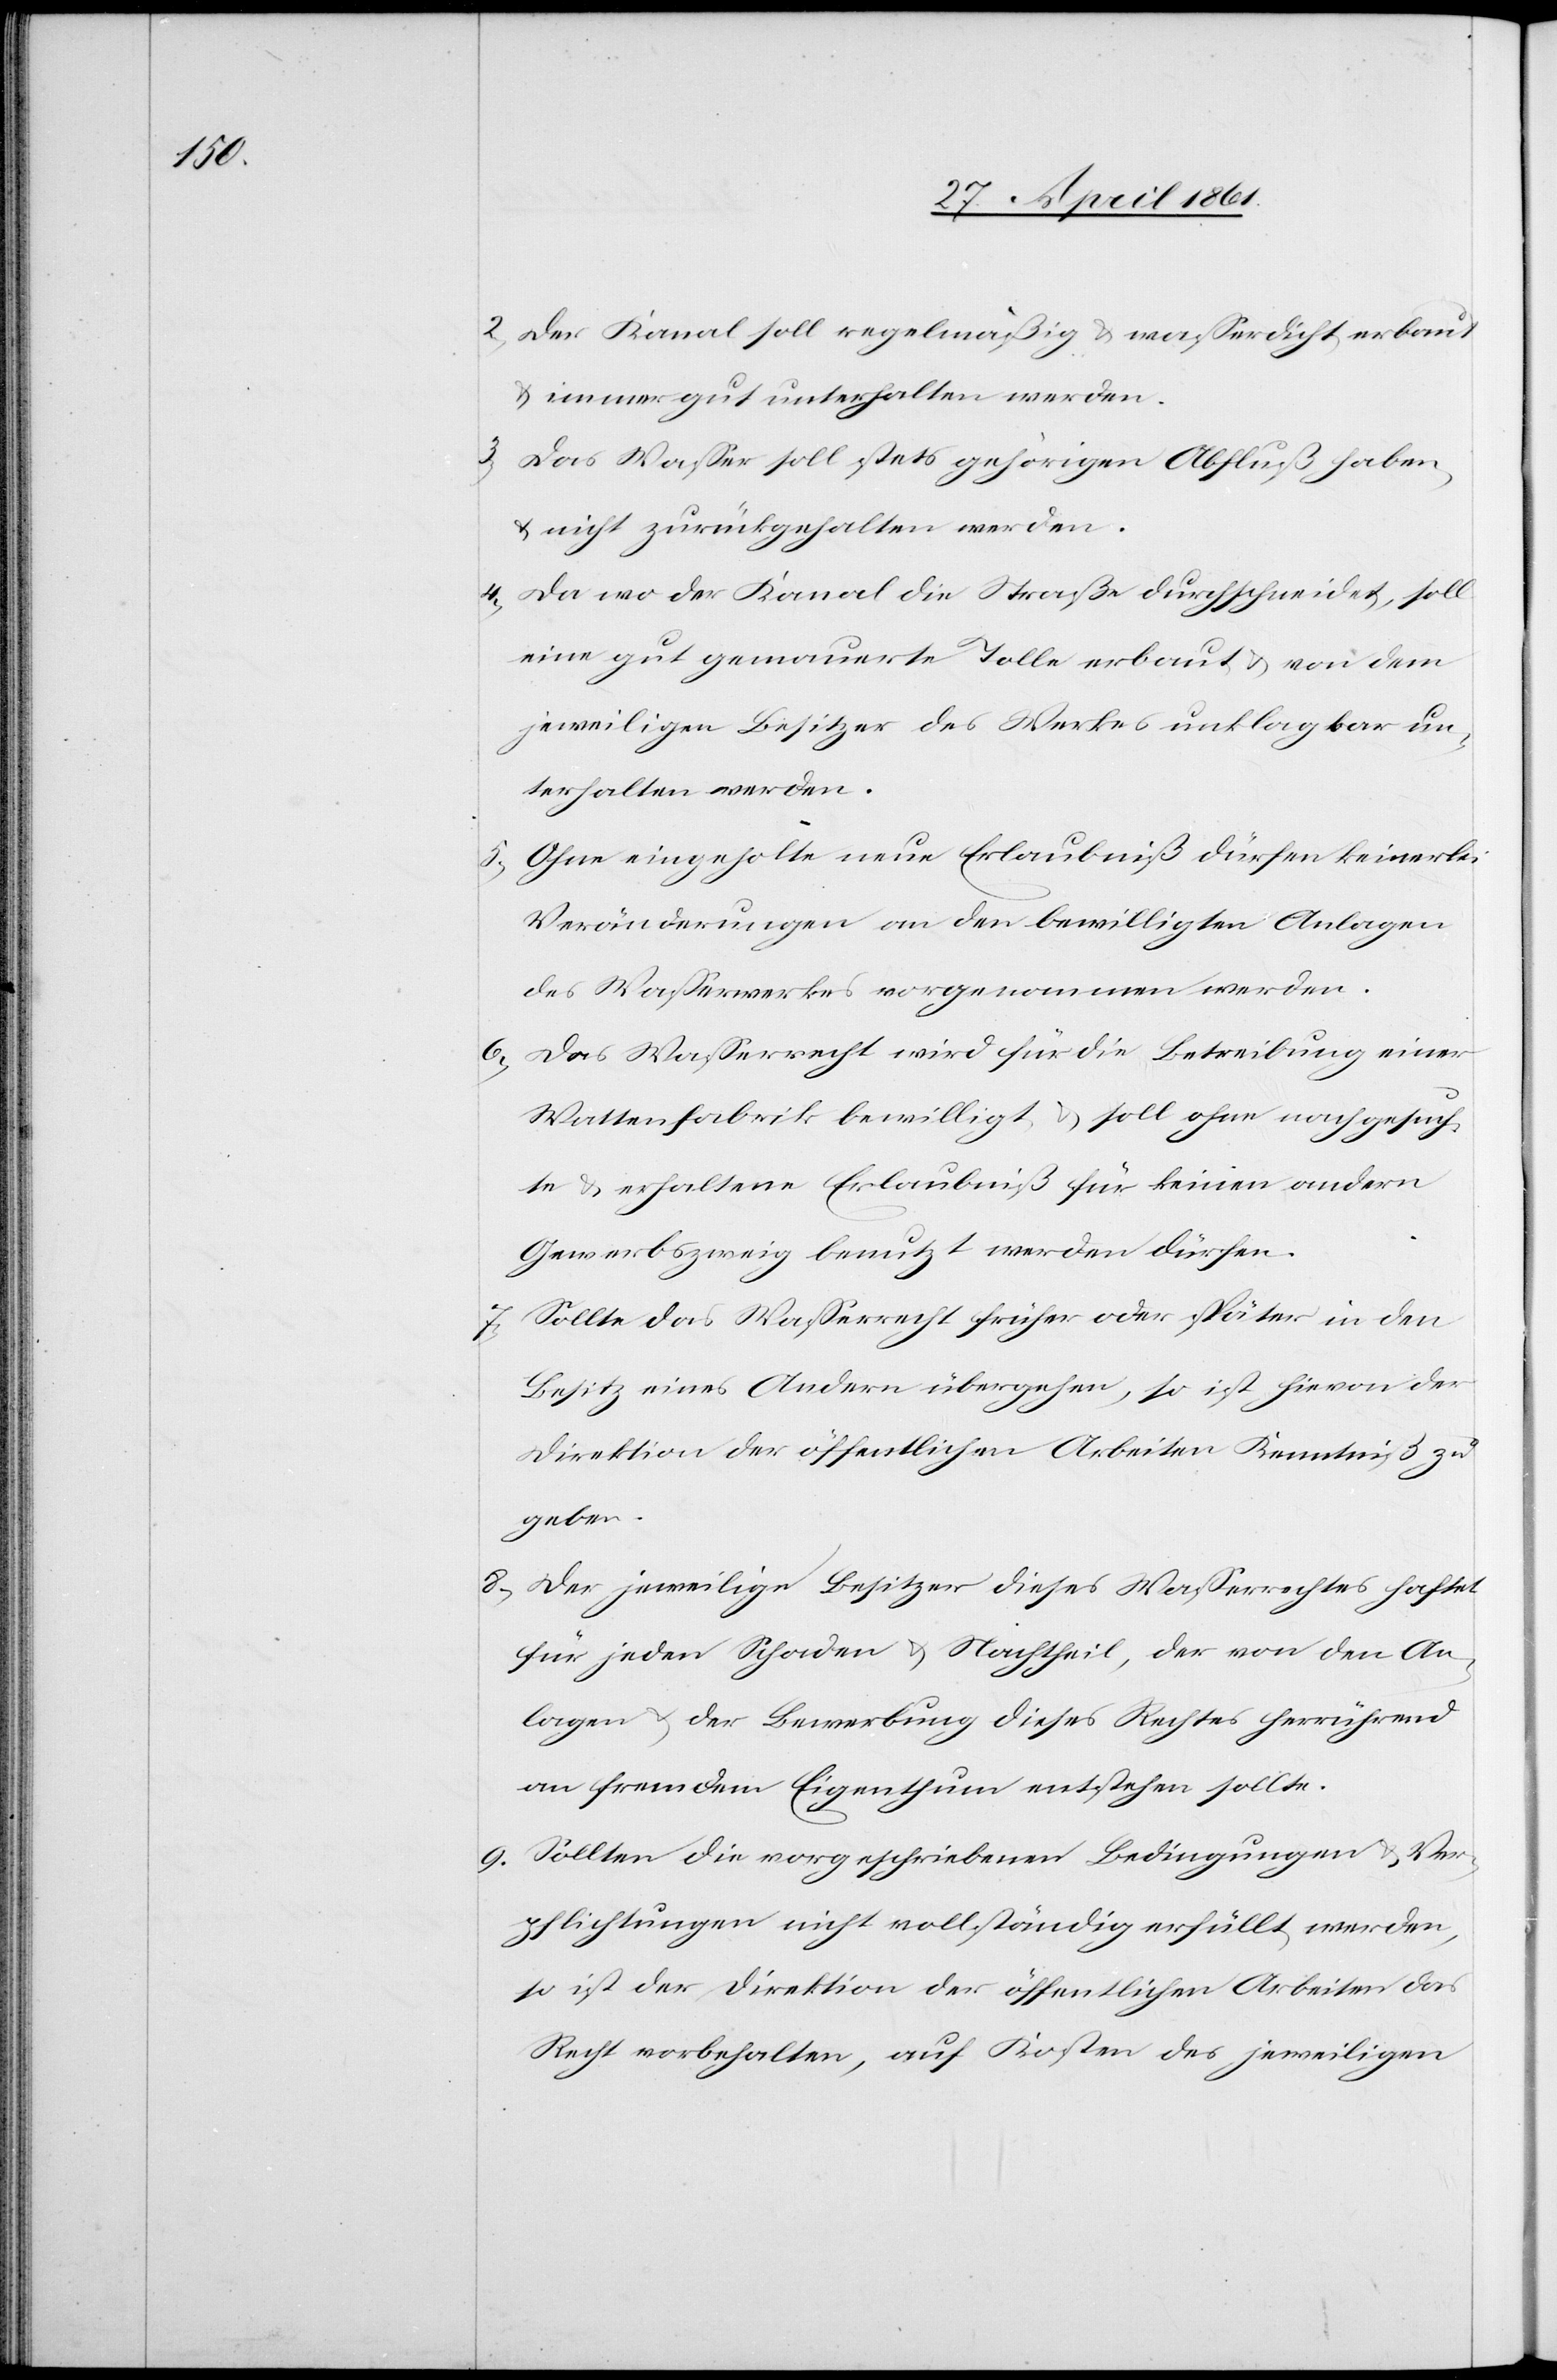
5.

2. Der Kanal soll regelmäßig u. wasserdicht erbaut
u. immer gut unterhalten werden.
3. Das Wasser soll stets gehörigen Abfluß haben,
u. nicht zurückgehalten werden.
4. Da wo der Kanal die Straße durchschneidet, soll
eine gut gemauerte Tolle erbaut u. von dem
jeweiligen Besitzer des Werkes unklagbar un¬
terhalten werden.
Ohne eingeholte neue Erlaubniß dürfen keinerlei
Veränderungen an den bewilligten Anlagen
des Wasserwerkes vorgenommen werden.
6. Das Wasserrecht wird für die Betreibung einer
Wattenfabrik bewilligt u. soll ohne nachgesuch¬
te u. erhaltene Erlaubniß für keinen andern
Gewerbszweig benutzt werden dürfen.
7. Sollte das Wasserrecht früher oder später in den
Besitz eines Andern übergehen, so ist hievon der
Direktion der öffentlichen Arbeiten Kenntniß zu
geben.
8. Der jeweilige Besitzer dieses Wasserrechtes haftet
für jeden Schaden u. Nachtheil der von den An¬
lagen u. der Bewerbung dieses Rechtes herrührend
an fremdem Eigenthum entstehen sollte.
9. Sollten die vorgeschriebenen Bedingungen u. Ver¬
pflichtungen nicht vollständig erfüllt werden,
so ist der Direktion der öffentlichen Arbeiten das
Recht vorbehalten, auf Koten des jeweiligen